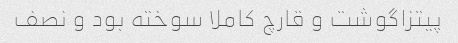
پیتزاگوشت و قارچ کاملا سوخته بود و نصف